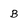
Character: B